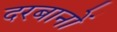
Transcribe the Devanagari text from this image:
दरबानों